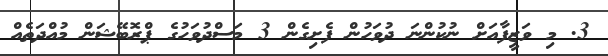
3. މި ވަޒީފާއަށް ނުކުންނަ ދުވަހުން ފެށިގެން 3 މަސްދުވަހުގެ ޕްރޮބޭޝަން މުއްދަތެއް